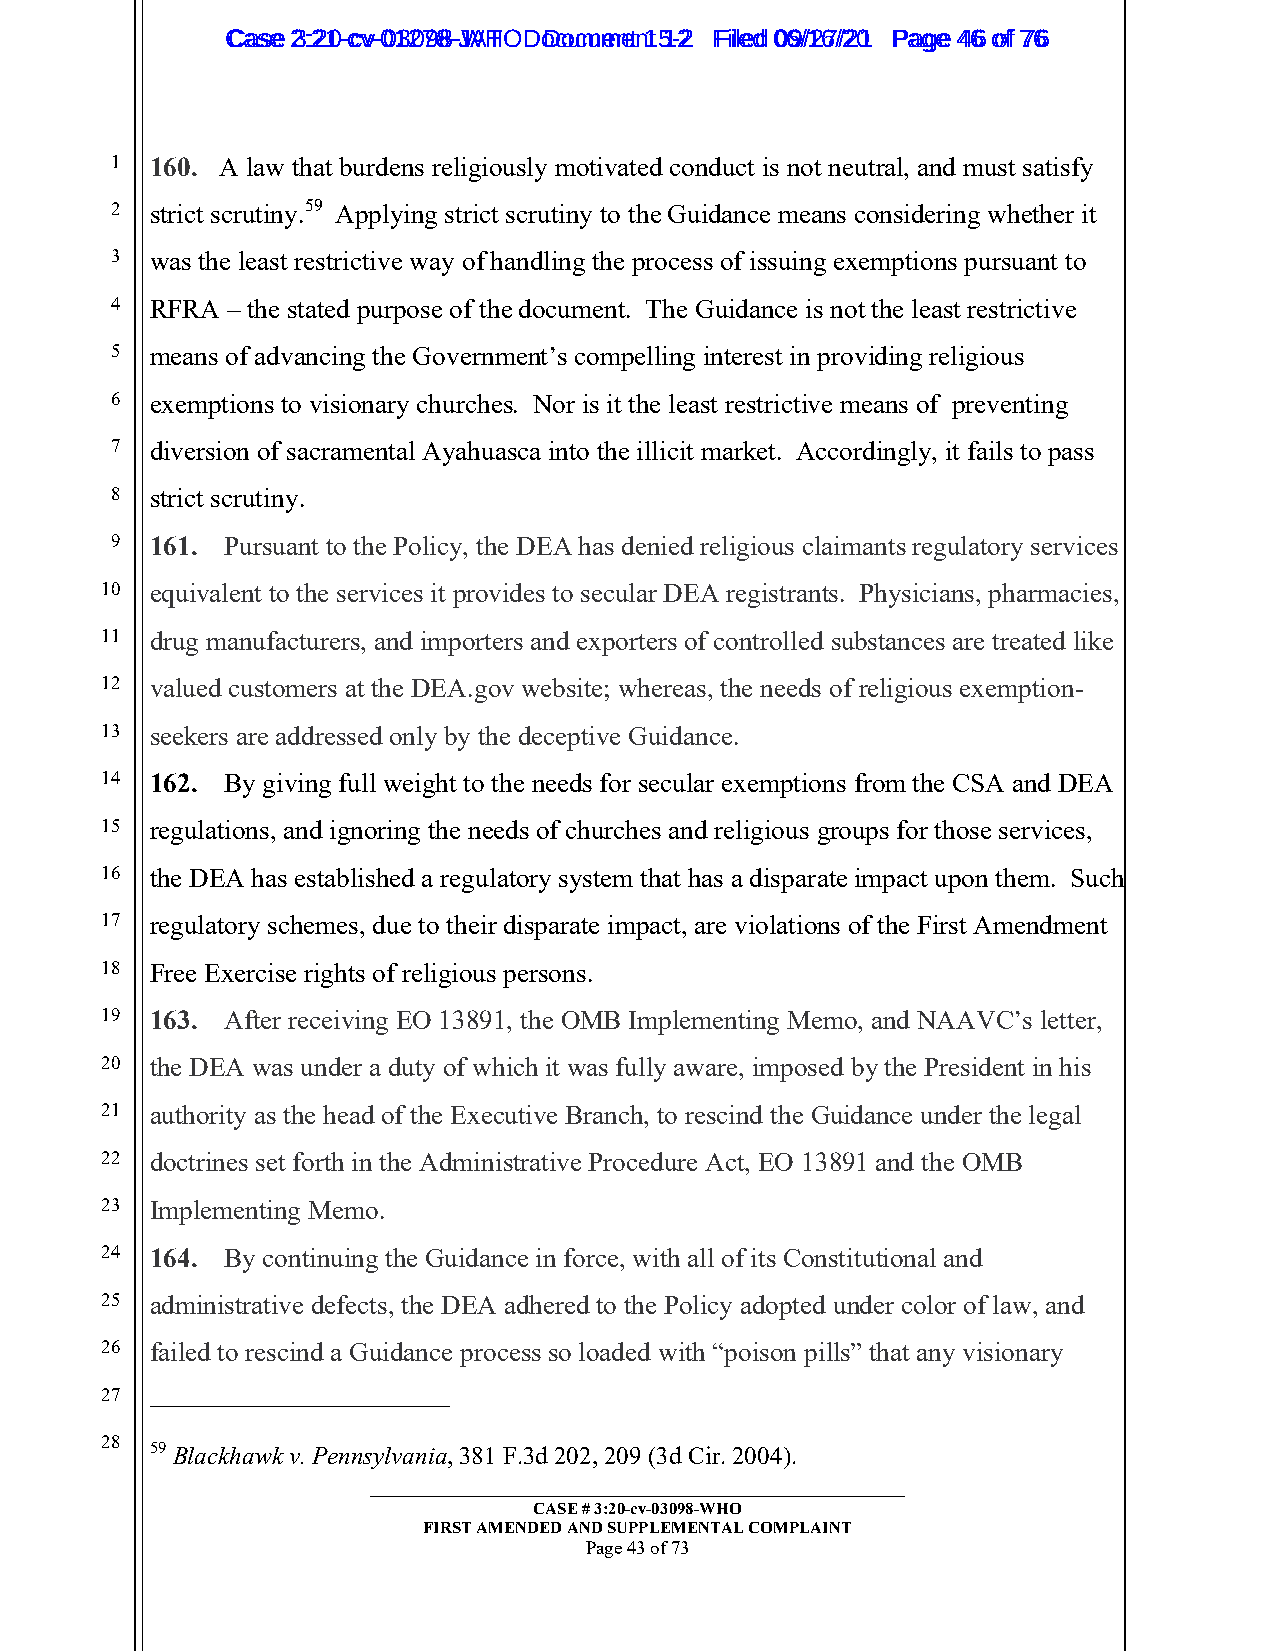
CCaassee 23::2210--ccvv--0013207988--JWAHT O D oDcoucmumenetn 1t 51-22 FFiilleedd 0069//1267//2201 PPaaggee 4466 ooff 7766
 1  160. A law that burdens religiously motivated conduct is not neutral, and must satisfy
 2  strict scrutiny.59 Applying strict scrutiny to the Guidance means considering whether it
 3  was the least restrictive way of handling the process of issuing exemptions pursuant to
 4  RFRA – the stated purpose of the document. The Guidance is not the least restrictive
 5  means of advancing the Government’s compelling interest in providing religious
 6  exemptions to visionary churches. Nor is it the least restrictive means of preventing
 7  diversion of sacramental Ayahuasca into the illicit market. Accordingly, it fails to pass
 8  strict scrutiny.
 9  161. Pursuant to the Policy, the DEA has denied religious claimants regulatory services
 10 equivalent to the services it provides to secular DEA registrants. Physicians, pharmacies,
 11 drug manufacturers, and importers and exporters of controlled substances are treated like
 12 valued customers at the DEA.gov website; whereas, the needs of religious exemption-
 13 seekers are addressed only by the deceptive Guidance.
 14 162. By giving full weight to the needs for secular exemptions from the CSA and DEA
 15 regulations, and ignoring the needs of churches and religious groups for those services,
 16 the DEA has established a regulatory system that has a disparate impact upon them. Such
 17 regulatory schemes, due to their disparate impact, are violations of the First Amendment
 18 Free Exercise rights of religious persons.
 19 163. After receiving EO 13891, the OMB Implementing Memo, and NAAVC’s letter,
 20 the DEA was under a duty of which it was fully aware, imposed by the President in his
 21 authority as the head of the Executive Branch, to rescind the Guidance under the legal
 22 doctrines set forth in the Administrative Procedure Act, EO 13891 and the OMB
 23 Implementing Memo.
 24 164. By continuing the Guidance in force, with all of its Constitutional and
 25 administrative defects, the DEA adhered to the Policy adopted under color of law, and
 26 failed to rescind a Guidance process so loaded with “poison pills” that any visionary
 27
 28 59 Blackhawk v. Pennsylvania, 381 F.3d 202, 209 (3d Cir. 2004).
 _________________________________________________________
 CASE # 3:20-cv-03098-WHO
 FIRST AMENDED AND SUPPLEMENTAL COMPLAINT
 Page 43 of 73